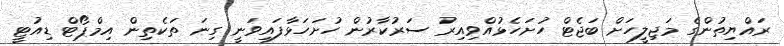
ރައްޔިތުންގެ މަޖިލީހަށް ބަޖެޓް ހުށަހެޅުއްވިއިރު ސަރުކާރުން ހުށަހަޅާފައިވަނީ ގިނަ ތަކެތިން އިމްޕޯޓް ޑިއުޓީ